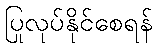
ပြုလုပ်နိုင်စေရန်